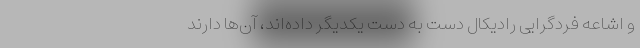
و اشاعه فردگرایی رادیکال دست به دست یکدیگر داده‌اند، آن‌ها دارند